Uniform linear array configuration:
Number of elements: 48
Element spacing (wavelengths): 0.5
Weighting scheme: cosine
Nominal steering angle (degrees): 0
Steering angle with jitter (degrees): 1.288
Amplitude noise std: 0.05
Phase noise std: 0.05

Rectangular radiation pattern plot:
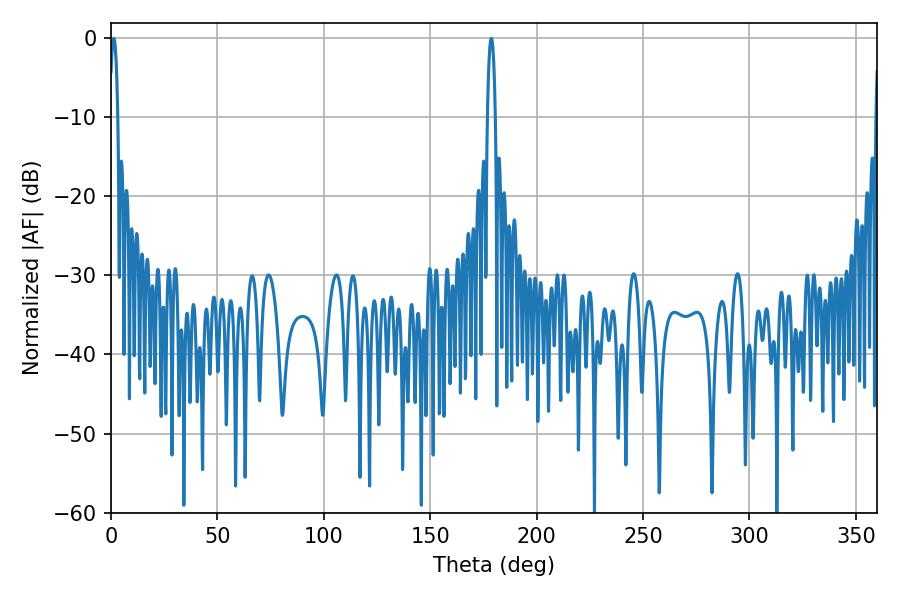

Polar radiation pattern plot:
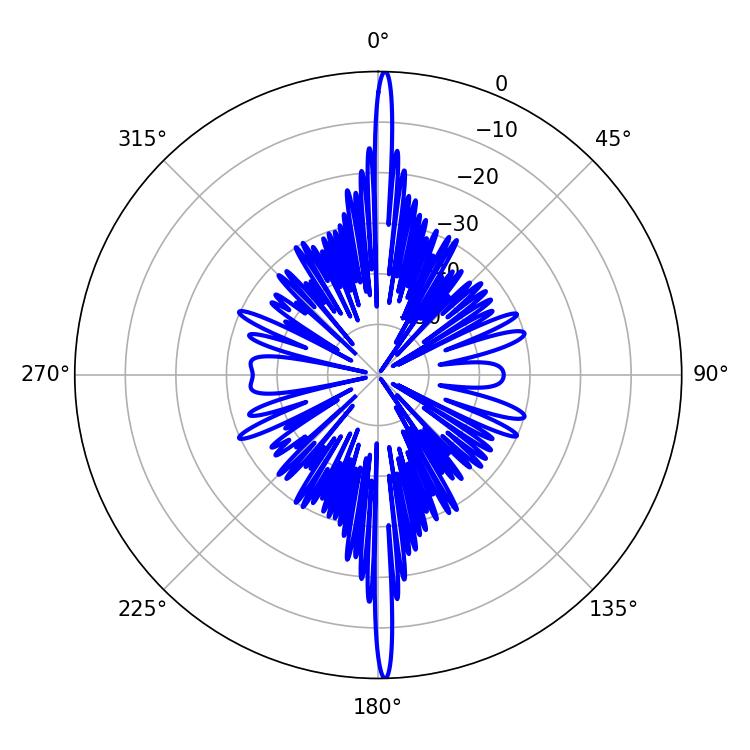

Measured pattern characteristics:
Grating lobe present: FALSE
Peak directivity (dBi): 30.125
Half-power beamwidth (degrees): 1.98
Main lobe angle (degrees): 1.26